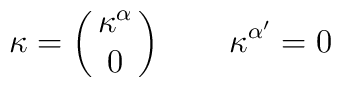
\kappa = \left (\matrix{\kappa ^\alpha \cr0 \cr}\right ) \qquad \kappa ^{\alpha'} =0